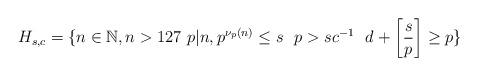
LaTeX: \begin{align*}H_{s,c}=\{n \in \mathbb{N}, n >127 \ p |n, p^{\nu_p(n)} \leq s \ \ p > sc^{-1} \ \ d+\left[\frac{s}{p}\right] \geq p \}\end{align*}